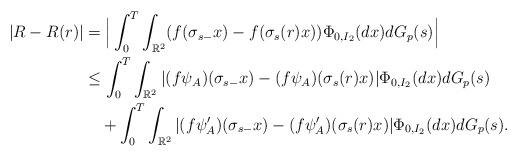
LaTeX: \begin{align*}|R-R(r)|& =\Big| \int_0^T \int_{\mathbb{R}^2} (f(\sigma_{s-} x)-f(\sigma_s(r)x))\Phi_{0,I_2}(dx) d{G_p}(s)\Big| \\ & \leq \int_0^T \int_{\mathbb{R}^2}|(f \psi_A)(\sigma_{s-} x)-(f \psi_A)(\sigma_s(r)x)|\Phi_{0,I_2}(dx)d{G_p}(s) \\&~~~+\int_0^T \int_{\mathbb{R}^2}|(f \psi_A')(\sigma_{s-} x)-(f \psi_A')(\sigma_s(r)x)|\Phi_{0,I_2}(dx)d{G_p}(s).\end{align*}